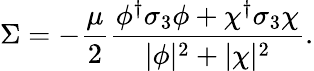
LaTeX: \Sigma=-{\frac{\mu}{2}}{\frac{\phi^{\dagger}\sigma_{3}\phi+\chi^{\dagger}\sigma_{3}\chi}{|\phi|^{2}+|\chi|^{2}}}.